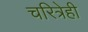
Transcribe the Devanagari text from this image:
चरित्रेही